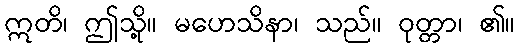
ဣတိ၊ ဤသို့။ မဟေသိနာ၊ သည်။ ဝုတ္တာ၊ ၏။